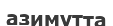
азимутта